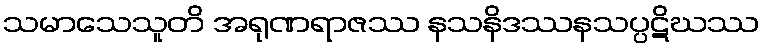
သမာသေသူတိ အရုဏရာဇဿ နသနိဒဿနသပ္ပဋိဃဿ